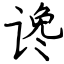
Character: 谗